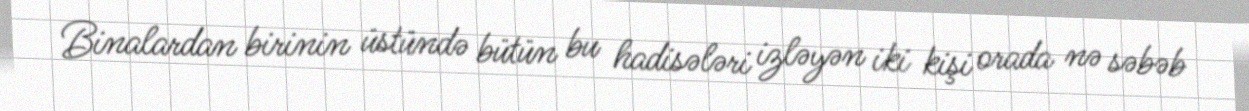
Binalardan birinin üstündə bütün bu hadisələri izləyən iki kişi orada nə səbəb